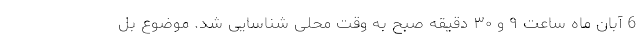
6 آبان ماه ساعت ۹ و ۳۰ دقیقه صبح به وقت محلی شناسایی شد. موضوع بل